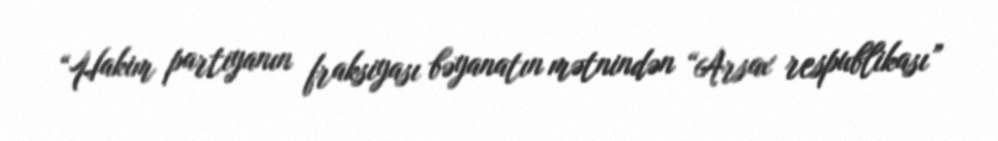
“Hakim partiyanın fraksiyası bəyanatın mətnindən “Arsax respublikası”